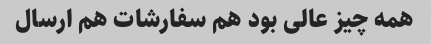
همه چیز عالی بود هم سفارشات هم ارسال